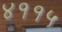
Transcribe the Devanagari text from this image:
४११५